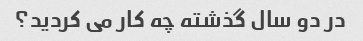
در دو سال گذشته چه کار می کردید؟